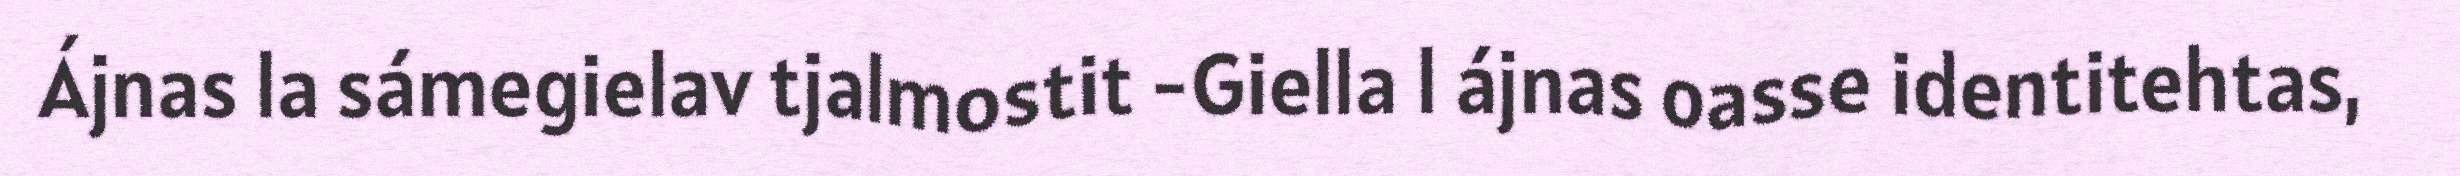
Ájnas la sámegielav tjalmostit -Giella l ájnas oasse identitehtas,